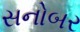
સનોબર